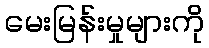
မေးမြန်းမှုများကို